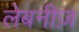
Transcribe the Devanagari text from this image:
लेबनीज़